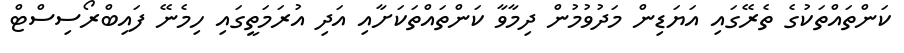
ކަންތައްތަކުގެ ތެރޭގައި އަޔަޑިން މަދުވުމުން ދިމާވާ ކަންތައްތަކަށާއި އަދި އުރަމަތީގައި ހިމެނޭ ފައިބްރޯސިސްޓް